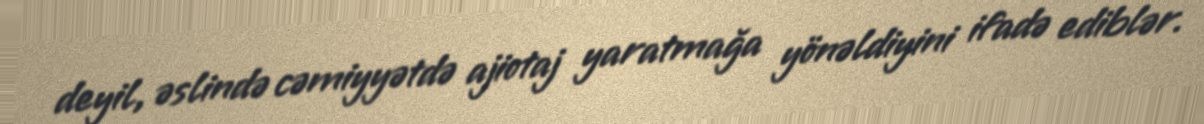
deyil, əslində cəmiyyətdə ajiotaj yaratmağa yönəldiyini ifadə ediblər.